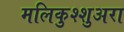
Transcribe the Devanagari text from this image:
मलिकुश्शुअरा